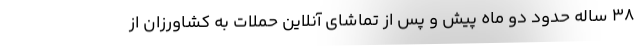
38 ساله حدود دو ماه پیش و پس از تماشای آنلاین حملات به کشاورزان از